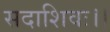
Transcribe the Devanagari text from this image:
सदाशिवः।।